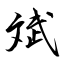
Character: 斌